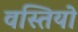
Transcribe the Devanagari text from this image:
वस्तियो